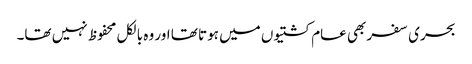
بحری سفر بھی عام کشتیوں میں ہوتا تھا اور وہ بالکل محفوظ نہیں تھا۔